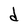
Character: d